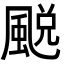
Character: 䬈